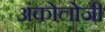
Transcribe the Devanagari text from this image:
अंकोलोजी